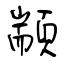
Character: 顓